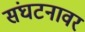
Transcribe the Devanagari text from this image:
संघटनावर